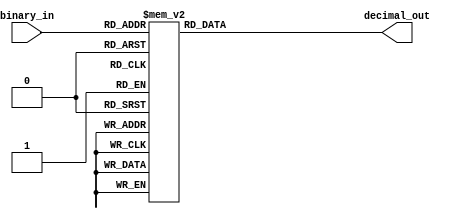
module DecimalDecoder(
    input [3:0] binary_in,
    output reg [9:0] decimal_out
);

always @(*) begin
    case (binary_in)
        4'b0000: decimal_out = 10'b0000000001; // 0
        4'b0001: decimal_out = 10'b0000000010; // 1
        4'b0010: decimal_out = 10'b0000000100; // 2
        4'b0011: decimal_out = 10'b0000001000; // 3
        4'b0100: decimal_out = 10'b0000010000; // 4
        4'b0101: decimal_out = 10'b0000100000; // 5
        4'b0110: decimal_out = 10'b0001000000; // 6
        4'b0111: decimal_out = 10'b0010000000; // 7
        4'b1000: decimal_out = 10'b0100000000; // 8
        4'b1001: decimal_out = 10'b1000000000; // 9
        default: decimal_out = 10'b0000000000; // default to all bits low
    endcase
end

endmodule